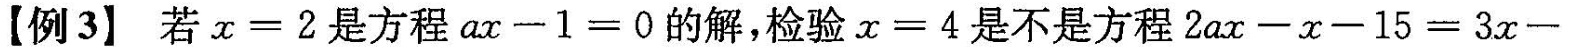
【例3】若$$x=2$$是方程$$ax-1=0$$的解，检验$$x=4$$是不是方程$$2ax-x-15=3x-$$